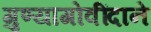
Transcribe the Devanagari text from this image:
गुण्यागोवींदाने